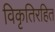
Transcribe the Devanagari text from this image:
विकृतिरहित